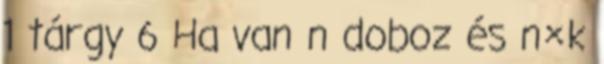
1 tárgy 6 Ha van n doboz és n×k